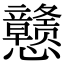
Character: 戆